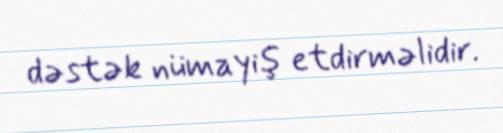
dəstək nümayiş etdirməlidir.